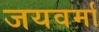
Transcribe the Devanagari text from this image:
जयवर्मा